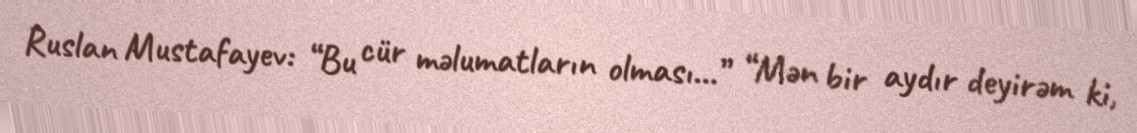
Ruslan Mustafayev: “Bu cür məlumatların olması...” “Mən bir aydır deyirəm ki,